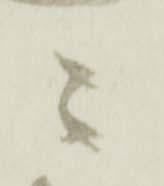
ニ